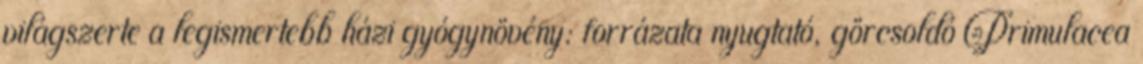
világszerte a legismertebb házi gyógynövény: forrázata nyugtató, görcsoldó Primulacea